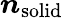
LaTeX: \boldsymbol{n}_{\mathrm{{solid}}}